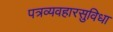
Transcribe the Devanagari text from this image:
पत्रव्यवहारसुविधा